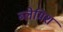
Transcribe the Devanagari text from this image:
ब्लेमिश